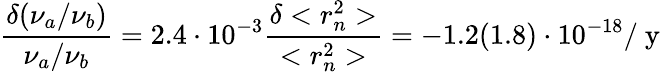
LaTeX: \frac{\delta(\nu_{a}/\nu_{b})}{\nu_{a}/\nu_{b}}=2.4\cdot 10^{-3}\frac{\delta<r_{n}^{2}>}{<r_{n}^{2}>}=-1.2(1.8)\cdot 10^{-18}/\mathrm{~y~}